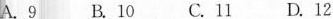
A.9 B.10 C.11 D.12